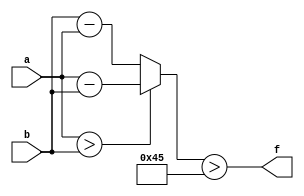
module wce_mit(a, b, f);
parameter _bit = 9;
parameter wce = 69;
input [_bit - 1: 0] a;
input [_bit - 1: 0] b;
output f;
wire [_bit - 1: 0] diff;
assign diff = (a > b)? (a - b): (b - a);
assign f = (diff > wce);
endmodule